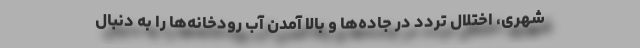
شهری، اختلال تردد در جاده‌ها و بالا آمدن آب رودخانه‌ها را به دنبال